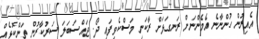
އެއިރުން ހުންނާނެ އެމެންނަށް ރަނގަޅަށް ރާކަނި މަސްކެވިފައި ދޯ. ޖައްސަބަލަ ސަރުކާރުން ތަންކޮޅެއް